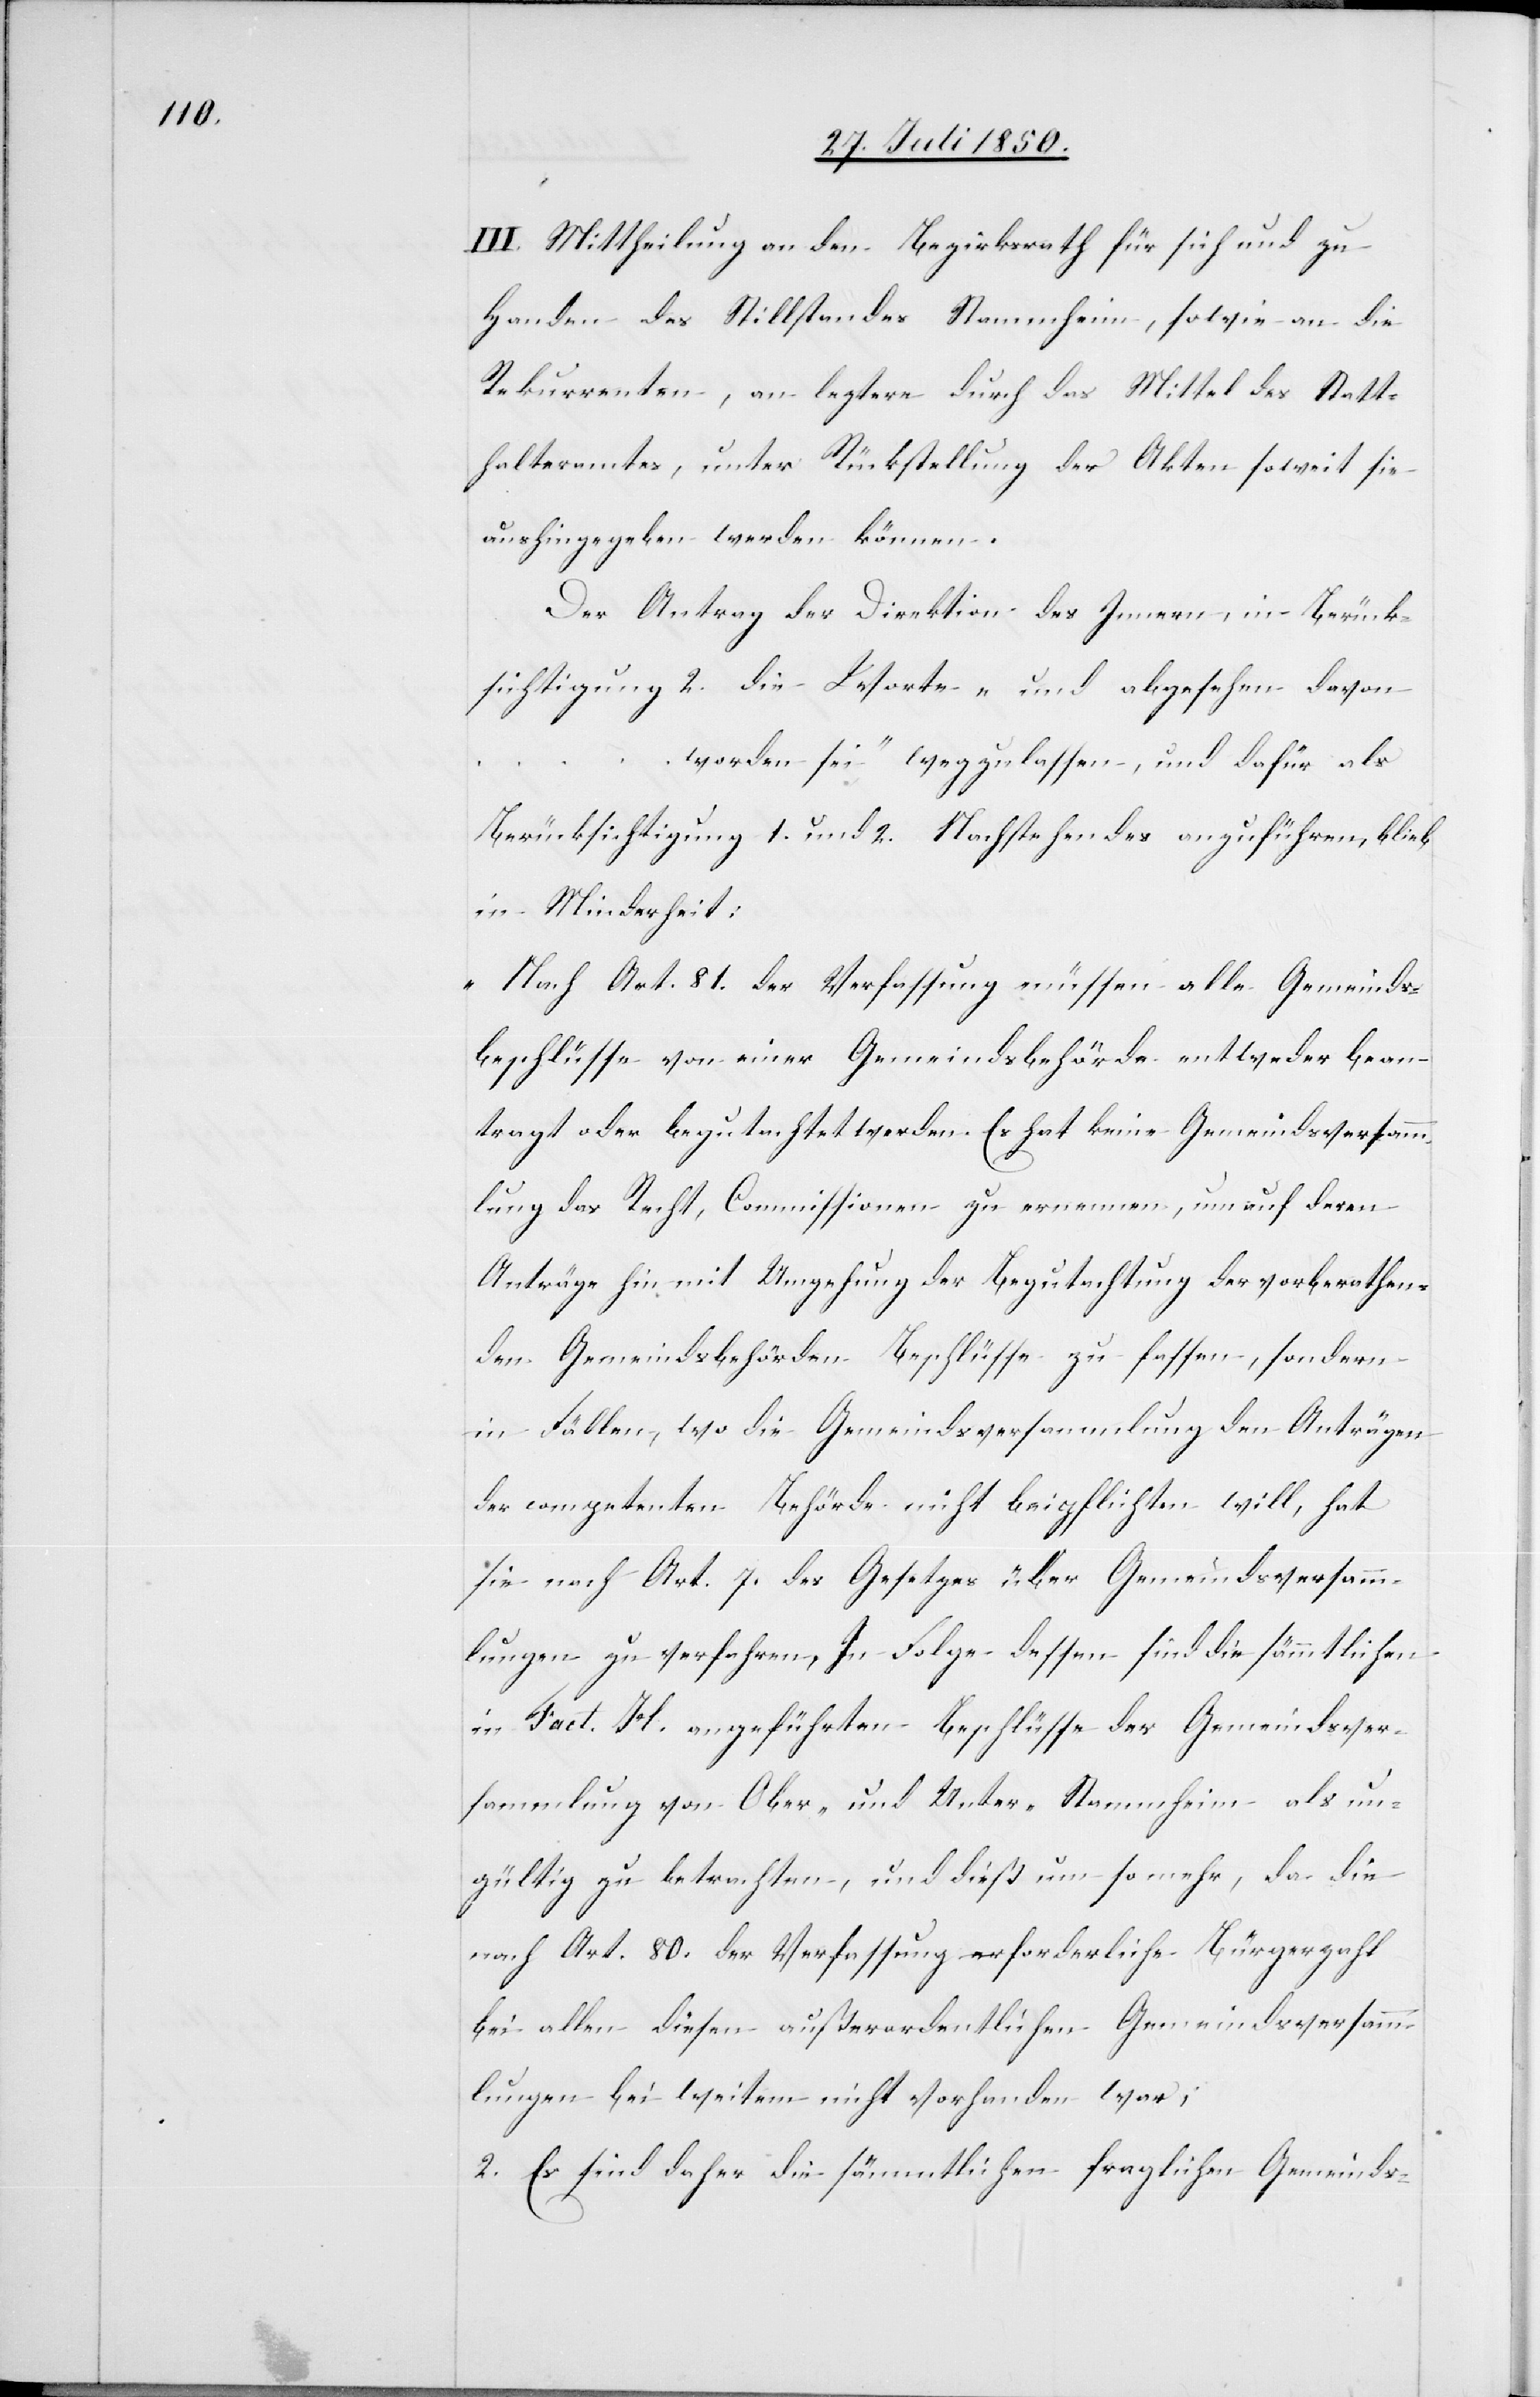
III. Mittheilung an den Bezirksrath für sich und zu
Handen des Stillstandes Stammheim, sowie an die
Rekurrenten, an leztere durch das Mittel des Statt¬
halteramtes, unter Rückstellung der Akten soweit sie
aushingegeben werden können.
Der Antrag der Direktion des Innern, in Berück¬
sichtigung 2. die Worte „und abgesehen davon
worden sei“ wegzulassen, und dafür als
Berücksichtigung 1. und 2. Nachstehendes anzuführen, blieb
in Minderheit:
„Nach Art. 81. der Verfassung müssen alle Gemeinds¬
beschlüsse von einer Gemeindsbehörde entweder bean¬
tragt oder begutachtet werden. Es hat keine Gemeindsversamm¬
lung das Recht, Commissionen zu ernennen, um auf deren
Anträge hin mit Umgehung der Begutachtung der vorberathen¬
den Gemeindsbehörden Beschlüsse zu fassen, sondern
in Fällen, wo die Gemeindsversammlung den Anträgen
der competenten Behörde nicht beipflichten will, hat
sie nach Art. 7. des Gesetzes über Gemeindsversamm¬
lungen zu verfahren. In Folge dessen sind die sämmtlichen
in Fact. H. angeführten Beschlüsse der Gemeindsver¬
sammlung von Ober- und Unter-Stammheim als un¬
gültig zu betrachten, und dieß um so mehr, da die
nach Art. 80. der Verfassung erforderliche Bürgerzahl
bei allen diesen außerordentlichen Gemeindsversamm¬
lungen bei weitem nicht vorhanden war;
2. Es sind daher die sämmtlichen fraglichen Gemeinds-